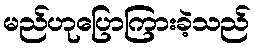
မည်ဟုပြောကြားခဲ့သည်